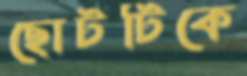
ছোটটিকে